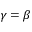
\gamma = \beta